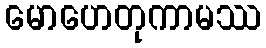
မောဟေတုကာမဿ